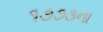
૧૭૭૩ના